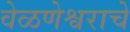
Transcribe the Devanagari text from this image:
वेळणेश्वराचे